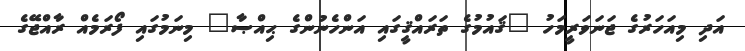
އަދި މިއަހަރުގެ ޖަނަވަރީމަހު "ޤައުމުގެ ތަރައްޤީގައި އަންހެނުންގެ ޙިއްޞާ" މިނަމުގައި ފޯރަމެއް ރާއްޖޭގެ